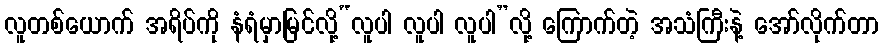
လူတစ်ယောက် အရိပ်ကို နံရံမှာမြင်လို့“လူပါ လူပါ လူပါ”လို့ ကြောက်တဲ့ အသံကြီးနဲ့ အော်လိုက်တာ